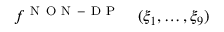
\begin{array} { r l } { f ^ { \mathrm { ~ N ~ O ~ N ~ - ~ D ~ P ~ } } } & { { } ( \xi _ { 1 } , \ldots , \xi _ { 9 } ) } \end{array}